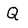
Character: Q